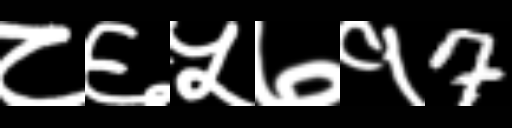
Text: ८६५७१7